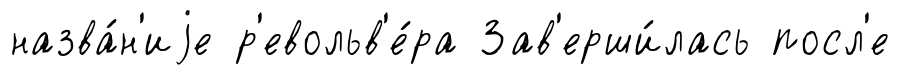
назва́н'иjе р'евольв'е́ра Зав'ерши́лась посл'е